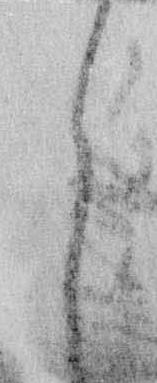
ら